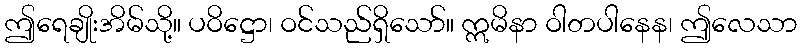
ဤရေချိုးအိမ်သို့။ ပဝိဋ္ဌော၊ ဝင်သည်ရှိသော်။ ဣမိနာ ဝါတပါနေန၊ ဤလေသာ